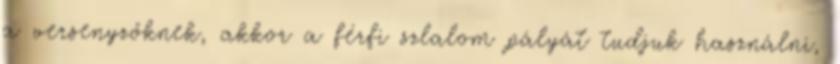
a versenyzőknek, akkor a férfi szlalom pályát tudjuk használni,